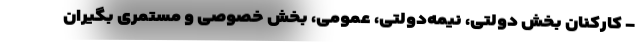
- کارکنان بخش دولتی، نیمه‌دولتی، عمومی، بخش خصوصی و مستمری بگیران